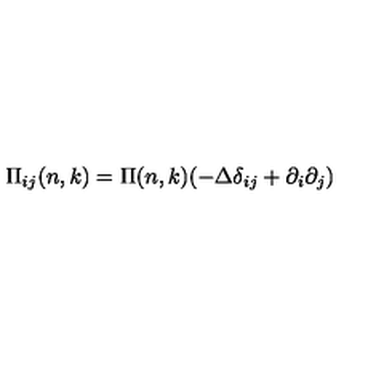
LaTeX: \Pi _ { i j } ( n , k ) = \Pi ( n , k ) ( - \Delta \delta _ { i j } + \partial _ { i } \partial _ { j } )